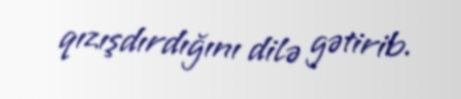
qızışdırdığını dilə gətirib.